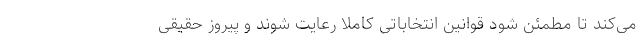
می‌کند تا مطمئن شود قوانین انتخاباتی کاملا رعایت شوند و پیروز حقیقی